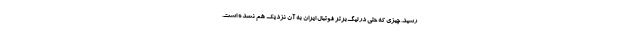
رسید. چیزی که حتی در لیگ‌برتر فوتبال ایران به آن نزدیک هم نشده است.